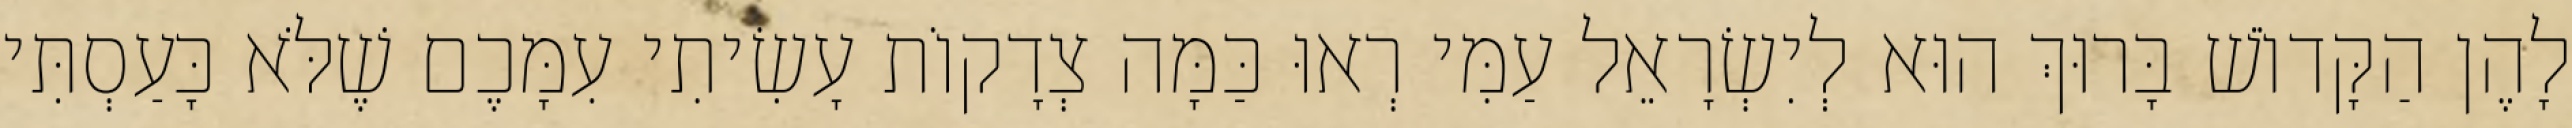
לָהֶן הַקָּדוֹשׁ בָּרוּךְ הוּא לְיִשְׂרָאֵל עַמִּי רְאוּ כַּמָּה צְדָקוֹת עָשִׂיתִי עִמָּכֶם שֶׁלֹּא כָּעַסְתִּי